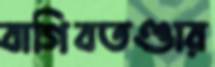
বাগিবতণ্ডার